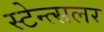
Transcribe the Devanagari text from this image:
स्टेन्त्सलर